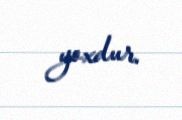
yoxdur.